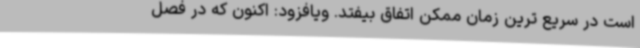
است در سریع ترین زمان ممکن اتفاق بیفتد. ویافزود: اکنون که در فصل